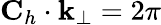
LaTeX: {\mathbf C}_{h}\cdot{\mathbf k}_{\perp}=2\pi